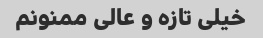
خیلی تازه و عالی ممنونم